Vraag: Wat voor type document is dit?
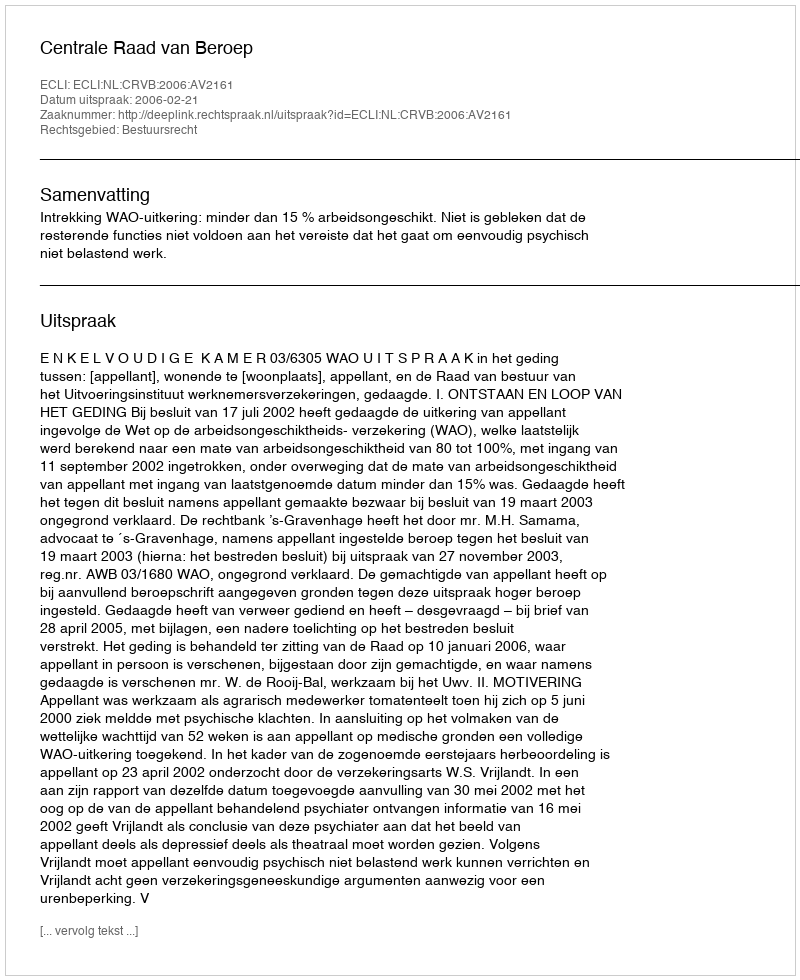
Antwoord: Uitspraak